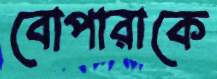
বোপারাকে